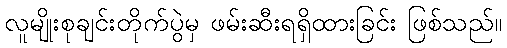
လူမျိုးစုချင်းတိုက်ပွဲမှ ဖမ်းဆီးရရှိထားခြင်း ဖြစ်သည်။